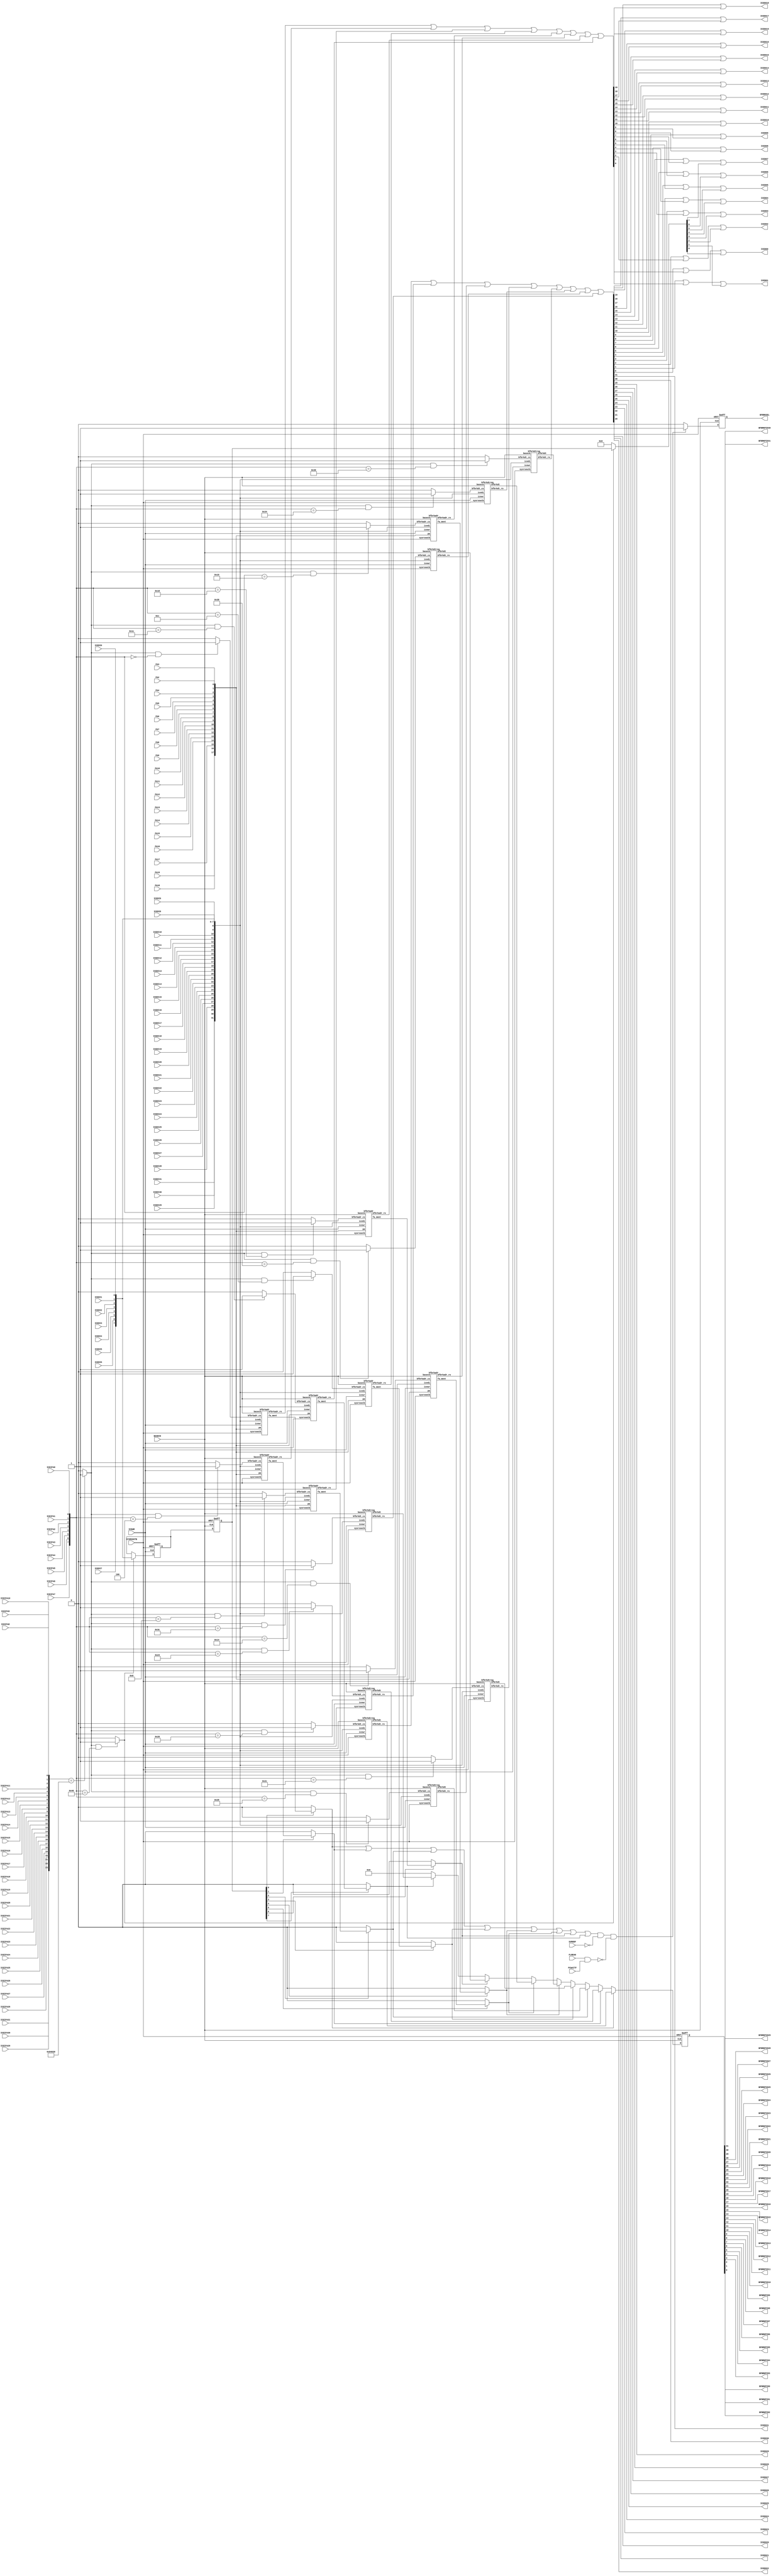
// =======================================================================================================
// Bfore Break unit
//
// ver100	initial version		Y.Tsuchiya
// ver101	Modified (V101)		T.Tsunoda
// 
// $Id: bforebreak.v,v 1.6 2007-10-03 04:09:37 tsuno3 Exp $
// =======================================================================================================
//$B@_Dj$5$l$?<B9TA0%V%l!<%/%"%I%l%9%G!<%?$H(BPA19-2$B$N0lCW$K$F!$(B
//$B3JG<$7$F$$$k<B9TA0%V%l!<%/%G!<%?$r%a%b%j!<%V%m%C%/$K=PNO$9$k!#(B

module BFOREBREAK (
		ICEIFA31, ICEIFA30, ICEIFA29, ICEIFA28, ICEIFA27, ICEIFA26, ICEIFA25,
		ICEIFA24, ICEIFA23, ICEIFA22, ICEIFA21, ICEIFA20, ICEIFA19, ICEIFA18,
		ICEIFA17, ICEIFA16, ICEIFA15, ICEIFA14, ICEIFA13, ICEIFA12, ICEIFA11,
		ICEIFA10, ICEIFA9,  ICEIFA8,  ICEIFA7,  ICEIFA6,  ICEIFA5,  ICEIFA4,
		ICEIFA3,  ICEIFA2,  ICEIFA1,  ICEIFA0,
		ICEDI31,  ICEDI30,  ICEDI29,  ICEDI28,  ICEDI27,  ICEDI26,  ICEDI25,
		ICEDI24,  ICEDI23,  ICEDI22,  ICEDI21,  ICEDI20,  ICEDI19,  ICEDI18,
		ICEDI17,  ICEDI16,  ICEDI15,  ICEDI14,  ICEDI13,  ICEDI12,  ICEDI11,
		ICEDI10,  ICEDI9,   ICEDI8,   ICEDI7,   ICEDI6,   ICEDI5,   ICEDI4,
		ICEDI3,   ICEDI2,   ICEDI1,   ICEDI0,
		ICEWR,
		ICEDO31,  ICEDO30,  ICEDO29,  ICEDO28,  ICEDO27,  ICEDO26,  ICEDO25,
		ICEDO24,  ICEDO23,  ICEDO22,  ICEDO21,  ICEDO20,  ICEDO19,  ICEDO18,
		ICEDO17,  ICEDO16,  ICEDO15,  ICEDO14,  ICEDO13,  ICEDO12,  ICEDO11,
		ICEDO10,  ICEDO9,   ICEDO8,   ICEDO7,   ICEDO6,   ICEDO5,   ICEDO4,
		ICEDO3,   ICEDO2,   ICEDO1,   ICEDO0,
		PA19, PA18, PA17, PA16, PA15, PA14, PA13,
		PA12, PA11, PA10, PA9,  PA8,  PA7,  PA6,
		PA5,  PA4,  PA3,  PA2,
		BFBRKPID31, BFBRKPID30, BFBRKPID29, BFBRKPID28, BFBRKPID27, BFBRKPID26, BFBRKPID25,
		BFBRKPID24, BFBRKPID23, BFBRKPID22, BFBRKPID21, BFBRKPID20, BFBRKPID19, BFBRKPID18,
		BFBRKPID17, BFBRKPID16, BFBRKPID15, BFBRKPID14, BFBRKPID13, BFBRKPID12, BFBRKPID11,
		BFBRKPID10, BFBRKPID9,  BFBRKPID8,  BFBRKPID7,  BFBRKPID6,  BFBRKPID5,  BFBRKPID4,
		BFBRKPID3,  BFBRKPID2,  BFBRKPID1,  BFBRKPID0,
		BFBRKSEL,
		SYSRSOUTB,
		BASECK,
		FLREAD,
		SVMODF,
		PCWAITF	// (V101)
		);
// -------------------------------------------------------------------------------------------------------
//                      Port Difinition
// -------------------------------------------------------------------------------------------------------
input	ICEIFA31, ICEIFA30, ICEIFA29, ICEIFA28,	// Host I/F Address Bus			( <- eva_pcifg )
	ICEIFA27, ICEIFA26, ICEIFA25, ICEIFA24,	//
	ICEIFA23, ICEIFA22, ICEIFA21, ICEIFA20,	//
	ICEIFA19, ICEIFA18, ICEIFA17, ICEIFA16,	//
	ICEIFA15, ICEIFA14, ICEIFA13, ICEIFA12,	//
	ICEIFA11, ICEIFA10, ICEIFA9,  ICEIFA8,	//
	ICEIFA7,  ICEIFA6,  ICEIFA5,  ICEIFA4,	//
	ICEIFA3,  ICEIFA2,  ICEIFA1,  ICEIFA0 ;	//
input	ICEDI31,  ICEDI30,  ICEDI29,  ICEDI28,	// Host I/F Write Data Bus		( <- eva_pcifg )
	ICEDI27,  ICEDI26,  ICEDI25,  ICEDI24,	//
	ICEDI23,  ICEDI22,  ICEDI21,  ICEDI20,	//
	ICEDI19,  ICEDI18,  ICEDI17,  ICEDI16,	//
	ICEDI15,  ICEDI14,  ICEDI13,  ICEDI12,	//
	ICEDI11,  ICEDI10,  ICEDI9,   ICEDI8,	//
	ICEDI7,   ICEDI6,   ICEDI5,   ICEDI4,	//
	ICEDI3,   ICEDI2,   ICEDI1,   ICEDI0 ;	//
input	ICEWR ;					// Host I/F Write Strobe		( <- eva_pcifg )
output	ICEDO31, ICEDO30, ICEDO29, ICEDO28,	// Host I/F Read Data Bus		( -> eva_pcifg )
	ICEDO27, ICEDO26, ICEDO25, ICEDO24,	//
	ICEDO23, ICEDO22, ICEDO21, ICEDO20,	//
	ICEDO19, ICEDO18, ICEDO17, ICEDO16,	//
	ICEDO15, ICEDO14, ICEDO13, ICEDO12,	//
	ICEDO11, ICEDO10, ICEDO9,  ICEDO8,	//
	ICEDO7,  ICEDO6,  ICEDO5,  ICEDO4,	//
	ICEDO3,  ICEDO2,  ICEDO1,  ICEDO0 ;	//
input	PA19, PA18, PA17, PA16,			// Flash Address Bus			( <- eva_core )
	PA15, PA14, PA13, PA12, 		//
	PA11, PA10, PA9,  PA8,  		//
	PA7,  PA6,  PA5,  PA4, 			//
	PA3,  PA2 ;				//
output	BFBRKPID31, BFBRKPID30, BFBRKPID29, BFBRKPID28,	// Bfore Break Data Bus		( -> MEMORY )
	BFBRKPID27, BFBRKPID26, BFBRKPID25, BFBRKPID24,	//
	BFBRKPID23, BFBRKPID22, BFBRKPID21, BFBRKPID20,	//
	BFBRKPID19, BFBRKPID18, BFBRKPID17, BFBRKPID16,	//
	BFBRKPID15, BFBRKPID14, BFBRKPID13, BFBRKPID12,	//
	BFBRKPID11, BFBRKPID10, BFBRKPID9,  BFBRKPID8,	//
	BFBRKPID7,  BFBRKPID6,  BFBRKPID5,  BFBRKPID4,	//
	BFBRKPID3,  BFBRKPID2,  BFBRKPID1,  BFBRKPID0 ;	//
output	BFBRKSEL ;				// Bfore Break Select singnal		( -> MEMORY  )
input	BASECK ;				// CPU Base Clock			( <- clock )
input	SYSRSOUTB ;				// System Reset Signal			( <- resetctl )
input	FLREAD ;				// Flash reading timing signal		( <- eva_core )
input	SVMODF ;				// Super Viser mode (fetch access)	( <- eva_core )
input	PCWAITF ;				// program counter wait signal		( <- eva_core ) (V101)
// -------------------------------------------------------------------------------------------------------
//                      END of Port Difinition
// -------------------------------------------------------------------------------------------------------
	reg [31:0]	bfbreakpid;
	reg [7:0]	bfbrkctl ;
	reg 		BFBRKSEL ;
	wire [31:0]	iceifa, icedi, bfbrkdt_ro,
			bfbrkdt0_ro, bfbrkdt1_ro, bfbrkdt2_ro, bfbrkdt3_ro,
			bfbrkdt4_ro, bfbrkdt5_ro, bfbrkdt6_ro, bfbrkdt7_ro,
			bfbrkdt0, bfbrkdt1, bfbrkdt2, bfbrkdt3, 
			bfbrkdt4, bfbrkdt5, bfbrkdt6, bfbrkdt7;
	wire [19:0]	bfbrkadr_ro, bfbrkadr0_ro, bfbrkadr1_ro, bfbrkadr2_ro, bfbrkadr3_ro, 
			bfbrkadr4_ro, bfbrkadr5_ro, bfbrkadr6_ro, bfbrkadr7_ro ;
	wire [17:0]	pa ;
	wire [7:0]	bfbrkctl_ro ;
	wire		bforebreak_cs,
			bfbrkctl_cs, 
			bfbrksel_on,
			bfbrkadr0_cs, bfbrkadr1_cs, bfbrkadr2_cs, bfbrkadr3_cs,
			bfbrkadr4_cs, bfbrkadr5_cs, bfbrkadr6_cs, bfbrkadr7_cs,
			bfbrkdt0_cs, bfbrkdt1_cs, bfbrkdt2_cs, bfbrkdt3_cs,
			bfbrkdt4_cs, bfbrkdt5_cs, bfbrkdt6_cs, bfbrkdt7_cs,
			fa_meet0, fa_meet1, fa_meet2, fa_meet3,
			fa_meet4, fa_meet5, fa_meet6, fa_meet7,
			bfbrksel_on0, bfbrksel_on1, bfbrksel_on2, bfbrksel_on3,
			bfbrksel_on4, bfbrksel_on5, bfbrksel_on6, bfbrksel_on7,
			FLREAD, SVMODF;

	assign iceifa = {ICEIFA31, ICEIFA30, ICEIFA29, ICEIFA28, ICEIFA27, ICEIFA26,
			 ICEIFA25, ICEIFA24, ICEIFA23, ICEIFA22, ICEIFA21, ICEIFA20,
			 ICEIFA19, ICEIFA18, ICEIFA17, ICEIFA16, ICEIFA15, ICEIFA14,
			 ICEIFA13, ICEIFA12, ICEIFA11, ICEIFA10, ICEIFA9,  ICEIFA8,
			 ICEIFA7,  ICEIFA6,  ICEIFA5,  ICEIFA4,  ICEIFA3,  ICEIFA2,
			 ICEIFA1,  ICEIFA0} ;

	assign icedi = { ICEDI31,  ICEDI30,  ICEDI29,  ICEDI28,  ICEDI27,  ICEDI26,
			 ICEDI25,  ICEDI24,  ICEDI23,  ICEDI22,  ICEDI21,  ICEDI20,
			 ICEDI19,  ICEDI18,  ICEDI17,  ICEDI16,  ICEDI15,  ICEDI14,
			 ICEDI13,  ICEDI12,  ICEDI11,  ICEDI10,  ICEDI9,   ICEDI8,
			 ICEDI7,   ICEDI6,   ICEDI5,   ICEDI4,   ICEDI3,   ICEDI2,
			 ICEDI1,   ICEDI0 } ;

	assign	ICEDO31 = bfbrkdt_ro[31] ;
	assign	ICEDO30 = bfbrkdt_ro[30] ;
	assign	ICEDO29 = bfbrkdt_ro[29] ;
	assign	ICEDO28 = bfbrkdt_ro[28] ;
	assign	ICEDO27 = bfbrkdt_ro[27] ;
	assign	ICEDO26 = bfbrkdt_ro[26] ;
	assign	ICEDO25 = bfbrkdt_ro[25] ;
	assign	ICEDO24 = bfbrkdt_ro[24] ;
	assign	ICEDO23 = bfbrkdt_ro[23] ;
	assign	ICEDO22 = bfbrkdt_ro[22] ;
	assign	ICEDO21 = bfbrkdt_ro[21] ;
	assign	ICEDO20 = bfbrkdt_ro[20] ;
	assign	ICEDO19 = bfbrkdt_ro[19] | bfbrkadr_ro[19] ;
	assign	ICEDO18 = bfbrkdt_ro[18] | bfbrkadr_ro[18] ;
	assign	ICEDO17 = bfbrkdt_ro[17] | bfbrkadr_ro[17] ;
	assign	ICEDO16 = bfbrkdt_ro[16] | bfbrkadr_ro[16] ;
	assign	ICEDO15 = bfbrkdt_ro[15] | bfbrkadr_ro[15] ;
	assign	ICEDO14 = bfbrkdt_ro[14] | bfbrkadr_ro[14] ;
	assign	ICEDO13 = bfbrkdt_ro[13] | bfbrkadr_ro[13] ;
	assign	ICEDO12 = bfbrkdt_ro[12] | bfbrkadr_ro[12] ;
	assign	ICEDO11 = bfbrkdt_ro[11] | bfbrkadr_ro[11] ;
	assign	ICEDO10 = bfbrkdt_ro[10] | bfbrkadr_ro[10] ;
	assign	ICEDO9  = bfbrkdt_ro[9]  | bfbrkadr_ro[9]  ;
	assign	ICEDO8  = bfbrkdt_ro[8]  | bfbrkadr_ro[8]  ;
	assign	ICEDO7  = bfbrkdt_ro[7]  | bfbrkadr_ro[7]  | bfbrkctl_ro[7]  ;
	assign	ICEDO6  = bfbrkdt_ro[6]  | bfbrkadr_ro[6]  | bfbrkctl_ro[6]  ;
	assign	ICEDO5  = bfbrkdt_ro[5]  | bfbrkadr_ro[5]  | bfbrkctl_ro[5]  ;
	assign	ICEDO4  = bfbrkdt_ro[4]  | bfbrkadr_ro[4]  | bfbrkctl_ro[4]  ;
	assign	ICEDO3  = bfbrkdt_ro[3]  | bfbrkadr_ro[3]  | bfbrkctl_ro[3]  ;
	assign	ICEDO2  = bfbrkdt_ro[2]  | bfbrkadr_ro[2]  | bfbrkctl_ro[2]  ;
	assign	ICEDO1  = bfbrkdt_ro[1]  | bfbrkadr_ro[1]  | bfbrkctl_ro[1]  ;
	assign	ICEDO0  = bfbrkdt_ro[0]  | bfbrkadr_ro[0]  | bfbrkctl_ro[0]  ;

	assign	bfbrkadr_ro = bfbrkadr0_ro | bfbrkadr1_ro | bfbrkadr2_ro | bfbrkadr3_ro | 
			      bfbrkadr4_ro | bfbrkadr5_ro | bfbrkadr6_ro | bfbrkadr7_ro;

	assign	bfbrkdt_ro  = bfbrkdt0_ro | bfbrkdt1_ro | bfbrkdt2_ro | bfbrkdt3_ro | 
			      bfbrkdt4_ro | bfbrkdt5_ro | bfbrkdt6_ro | bfbrkdt7_ro;

	assign pa = {	PA19, PA18, PA17, PA16, PA15, PA14, 
		 	PA13, PA12, PA11, PA10, PA9,  PA8,  
		 	PA7,  PA6,  PA5,  PA4,  PA3,  PA2	} ;

	assign	{BFBRKPID31,  BFBRKPID30,  BFBRKPID29,  BFBRKPID28,  BFBRKPID27,  BFBRKPID26,
		 BFBRKPID25,  BFBRKPID24,  BFBRKPID23,  BFBRKPID22,  BFBRKPID21,  BFBRKPID20,
		 BFBRKPID19,  BFBRKPID18,  BFBRKPID17,  BFBRKPID16,  BFBRKPID15,  BFBRKPID14,
		 BFBRKPID13,  BFBRKPID12,  BFBRKPID11,  BFBRKPID10,  BFBRKPID9,   BFBRKPID8,
		 BFBRKPID7,   BFBRKPID6,   BFBRKPID5,   BFBRKPID4,   BFBRKPID3,   BFBRKPID2,
		 BFBRKPID1,   BFBRKPID0 }  = bfbreakpid ;


// ------------------------------
// host io
// ------------------------------

	assign	bforebreak_cs	= (iceifa[31:8] == 24'h0840_30) ? 1'b1:1'b0;
	assign	bfbrkadr0_cs	= (bforebreak_cs & (iceifa[7:0] == 8'b0000_0000)) ? 1'b1 : 1'b0 ;
	assign	bfbrkadr1_cs	= (bforebreak_cs & (iceifa[7:0] == 8'b0000_0100)) ? 1'b1 : 1'b0 ;
	assign	bfbrkadr2_cs	= (bforebreak_cs & (iceifa[7:0] == 8'b0000_1000)) ? 1'b1 : 1'b0 ;
	assign	bfbrkadr3_cs	= (bforebreak_cs & (iceifa[7:0] == 8'b0000_1100)) ? 1'b1 : 1'b0 ;
	assign	bfbrkadr4_cs	= (bforebreak_cs & (iceifa[7:0] == 8'b0001_0000)) ? 1'b1 : 1'b0 ;
	assign	bfbrkadr5_cs	= (bforebreak_cs & (iceifa[7:0] == 8'b0001_0100)) ? 1'b1 : 1'b0 ;
	assign	bfbrkadr6_cs	= (bforebreak_cs & (iceifa[7:0] == 8'b0001_1000)) ? 1'b1 : 1'b0 ;
	assign	bfbrkadr7_cs	= (bforebreak_cs & (iceifa[7:0] == 8'b0001_1100)) ? 1'b1 : 1'b0 ;
	assign	bfbrkdt0_cs	= (bforebreak_cs & (iceifa[7:0] == 8'b0010_0000)) ? 1'b1 : 1'b0 ;
	assign	bfbrkdt1_cs	= (bforebreak_cs & (iceifa[7:0] == 8'b0010_0100)) ? 1'b1 : 1'b0 ;
	assign	bfbrkdt2_cs	= (bforebreak_cs & (iceifa[7:0] == 8'b0010_1000)) ? 1'b1 : 1'b0 ;
	assign	bfbrkdt3_cs	= (bforebreak_cs & (iceifa[7:0] == 8'b0010_1100)) ? 1'b1 : 1'b0 ;
	assign	bfbrkdt4_cs	= (bforebreak_cs & (iceifa[7:0] == 8'b0011_0000)) ? 1'b1 : 1'b0 ;
	assign	bfbrkdt5_cs	= (bforebreak_cs & (iceifa[7:0] == 8'b0011_0100)) ? 1'b1 : 1'b0 ;
	assign	bfbrkdt6_cs	= (bforebreak_cs & (iceifa[7:0] == 8'b0011_1000)) ? 1'b1 : 1'b0 ;
	assign	bfbrkdt7_cs	= (bforebreak_cs & (iceifa[7:0] == 8'b0011_1100)) ? 1'b1 : 1'b0 ;
	assign	bfbrkctl_cs	= (bforebreak_cs & (iceifa[7:0] == 8'b0100_0000)) ? 1'b1 : 1'b0 ;

// ---------------------------------------------------------------------------------------------------
//	Bfore Break Address Detection Control register  (BFBRKCTL)
// ---------------------------------------------------------------------------------------------------

	reg [7:0] bfbrkctl_p;
	always @( negedge ICEWR or negedge SYSRSOUTB ) begin
		if ( !SYSRSOUTB )       bfbrkctl_p <= 8'b0 ;
		else if ( bfbrkctl_cs )	bfbrkctl_p <= icedi[7:0] ;
	end
	
	// (V101) $B@)8f%l%8%9%?$N@_Dj$H%"%I%l%9!?%G!<%?@_Dj%l%8%9%?$N@_Dj%?%$%_%s%0$,%:%l$J$$$h$&(B
	//        BASECK$B$G@Z$jD>$9!#@_Dj$K$O=gHV$,$"$j!"I,$:(Bbfbrkctl-OFF$B"*3F@_Dj"*(Bbfbrkctl-ON$B$H$9(B
	//        $B$k!#$3$l$i$K$h$j!"@_Dj%"%I%l%9Ey$,JQ2=E@$G@Z$jD>$5$l$F$b(Bbfbrkctl$B$G(Bmask$B$5$l$k!#(B
	always @( posedge BASECK or negedge SYSRSOUTB ) begin
		if (!SYSRSOUTB) bfbrkctl <= 8'h0;
		else bfbrkctl <= bfbrkctl_p;
	end
	assign	bfbrkctl_ro = bfbrkctl_cs ? bfbrkctl : 8'b0;

// ---------------------------------------------------------------------------------------------------
//	MASK
// ---------------------------------------------------------------------------------------------------

	assign	bfbrksel_on0 = bfbrkctl[0] ?  fa_meet0 : 1'b0;
	assign	bfbrksel_on1 = bfbrkctl[1] ?  fa_meet1 : 1'b0;
	assign	bfbrksel_on2 = bfbrkctl[2] ?  fa_meet2 : 1'b0;
	assign	bfbrksel_on3 = bfbrkctl[3] ?  fa_meet3 : 1'b0;
	assign	bfbrksel_on4 = bfbrkctl[4] ?  fa_meet4 : 1'b0;
	assign	bfbrksel_on5 = bfbrkctl[5] ?  fa_meet5 : 1'b0;
	assign	bfbrksel_on6 = bfbrkctl[6] ?  fa_meet6 : 1'b0;
	assign	bfbrksel_on7 = bfbrkctl[7] ?  fa_meet7 : 1'b0;

// ---------------------------------------------------------------------------------------------------
//	Bfore Break Address Detection Control signal (BFBRKSEL)
// ---------------------------------------------------------------------------------------------------

	assign	bfbrksel_on = bfbrksel_on0 | bfbrksel_on1 | bfbrksel_on2 | bfbrksel_on3 | 
			      bfbrksel_on4 | bfbrksel_on5 | bfbrksel_on6 | bfbrksel_on7;

	// (V101) FLREAD$B$N(BRead Address Timing$B$N$_$r;HMQ(B.Data$B=PNO(BTiming$B$r;HMQ$9$k$H(B
	//        Flash Read$B$N<!$N(BPA$B0lCW$K$h$k(BBFBRKSEL$B?.9f=PNO$,(BMask$B$5$l$F$7$^$&0Y(B.
	wire flreadadr_en;
	assign	flreadadr_en = FLREAD & PCWAITF;

	always @( posedge BASECK or negedge SYSRSOUTB ) begin
		if ( !SYSRSOUTB )       BFBRKSEL <= 1'b0 ;
		else if ( bfbrksel_on & !SVMODF & !flreadadr_en )
					BFBRKSEL <= 1'b1 ;
		else			BFBRKSEL <= 1'b0 ;
	end

// ---------------------------------------------------------------------------------------------------
//	Bfore Break Data Bus output
//	($B<B9TA0%U!+%l!<%/%"%H!+%l%9$N@_Dj$,=EJ#$7$?>l9g!$=q49$(%G!<%?$NM%@h=g0L$O(BBFBRKDT0$B"*(B7$B$H$J$k(B)
//	($B",%"%H!+%l%9$,F1$8$G$"$l$P=q$-49$($k%G!<%?$OF1$8$J$N$GFC$KLdBj$J$7(B)
// ---------------------------------------------------------------------------------------------------
// (V101) $B%"%I%l%9$,F1$8$G$b=q$-49$($k%G!<%?$,F1$8$H$O8B$i$J$$$N$G%G!<%?=PNO>r7o$K(BUnit$B$N(BEnable$B$rDI2C(B.

	always @( posedge BASECK or negedge SYSRSOUTB ) begin
		if (!SYSRSOUTB)		bfbreakpid <= 32'b0 ;
		else if (bfbrksel_on0)	bfbreakpid <= bfbrkdt0;
		else if (bfbrksel_on1)	bfbreakpid <= bfbrkdt1;
		else if (bfbrksel_on2)	bfbreakpid <= bfbrkdt2;
		else if (bfbrksel_on3)	bfbreakpid <= bfbrkdt3;
		else if (bfbrksel_on4)	bfbreakpid <= bfbrkdt4;
		else if (bfbrksel_on5)	bfbreakpid <= bfbrkdt5;
		else if (bfbrksel_on6)	bfbreakpid <= bfbrkdt6;
		else if (bfbrksel_on7)	bfbreakpid <= bfbrkdt7;
		else			bfbreakpid <= 32'b0 ;
	end

// ---------------------------------------------------------------------------------------------------
//	bfore break address register (BFBRKADR7-0)
// ---------------------------------------------------------------------------------------------------

	bfbrkadr	bfbrkadr0 (
				.baseck(BASECK), .icewr(ICEWR), .sysrsoutb(SYSRSOUTB), .bfbrkadr_cs(bfbrkadr0_cs),
				.icedi(icedi), .pa(pa), .fa_meet(fa_meet0), .bfbrkadr_ro(bfbrkadr0_ro)
			) ;
	bfbrkadr	bfbrkadr1 (
				.baseck(BASECK), .icewr(ICEWR), .sysrsoutb(SYSRSOUTB), .bfbrkadr_cs(bfbrkadr1_cs),
				.icedi(icedi), .pa(pa), .fa_meet(fa_meet1), .bfbrkadr_ro(bfbrkadr1_ro)
			) ;
	bfbrkadr	bfbrkadr2 (
				.baseck(BASECK), .icewr(ICEWR), .sysrsoutb(SYSRSOUTB), .bfbrkadr_cs(bfbrkadr2_cs),
				.icedi(icedi), .pa(pa), .fa_meet(fa_meet2), .bfbrkadr_ro(bfbrkadr2_ro)
			) ;
	bfbrkadr	bfbrkadr3 (
				.baseck(BASECK), .icewr(ICEWR), .sysrsoutb(SYSRSOUTB), .bfbrkadr_cs(bfbrkadr3_cs),
				.icedi(icedi), .pa(pa), .fa_meet(fa_meet3), .bfbrkadr_ro(bfbrkadr3_ro)
			) ;
	bfbrkadr	bfbrkadr4 (
				.baseck(BASECK), .icewr(ICEWR), .sysrsoutb(SYSRSOUTB), .bfbrkadr_cs(bfbrkadr4_cs),
				.icedi(icedi), .pa(pa), .fa_meet(fa_meet4), .bfbrkadr_ro(bfbrkadr4_ro)
			) ;
	bfbrkadr	bfbrkadr5 (
				.baseck(BASECK), .icewr(ICEWR), .sysrsoutb(SYSRSOUTB), .bfbrkadr_cs(bfbrkadr5_cs),
				.icedi(icedi), .pa(pa), .fa_meet(fa_meet5), .bfbrkadr_ro(bfbrkadr5_ro)
			) ;
	bfbrkadr	bfbrkadr6 (
				.baseck(BASECK), .icewr(ICEWR), .sysrsoutb(SYSRSOUTB), .bfbrkadr_cs(bfbrkadr6_cs),
				.icedi(icedi), .pa(pa), .fa_meet(fa_meet6), .bfbrkadr_ro(bfbrkadr6_ro)
			) ;
	bfbrkadr	bfbrkadr7 (
				.baseck(BASECK), .icewr(ICEWR), .sysrsoutb(SYSRSOUTB), .bfbrkadr_cs(bfbrkadr7_cs),
				.icedi(icedi), .pa(pa), .fa_meet(fa_meet7), .bfbrkadr_ro(bfbrkadr7_ro)
			) ;

// ---------------------------------------------------------------------------------------------------
//	bfore break data register (BFBRKDT7-0)
// ---------------------------------------------------------------------------------------------------

	bfbrkdtreg		bfbrkdtreg0 (
				.baseck(BASECK), .icewr(ICEWR), .sysrsoutb(SYSRSOUTB), .bfbrkdt_cs(bfbrkdt0_cs),
				.icedi(icedi), .bfbrkdt_ro(bfbrkdt0_ro), .bfbrkdt(bfbrkdt0)
			) ;
	bfbrkdtreg		bfbrkdtreg1 (
				.baseck(BASECK), .icewr(ICEWR), .sysrsoutb(SYSRSOUTB), .bfbrkdt_cs(bfbrkdt1_cs),
				.icedi(icedi), .bfbrkdt_ro(bfbrkdt1_ro), .bfbrkdt(bfbrkdt1)
			) ;
	bfbrkdtreg		bfbrkdtreg2 (
				.baseck(BASECK), .icewr(ICEWR), .sysrsoutb(SYSRSOUTB), .bfbrkdt_cs(bfbrkdt2_cs),
				.icedi(icedi), .bfbrkdt_ro(bfbrkdt2_ro), .bfbrkdt(bfbrkdt2)
			) ;
	bfbrkdtreg		bfbrkdtreg3 (
				.baseck(BASECK), .icewr(ICEWR), .sysrsoutb(SYSRSOUTB), .bfbrkdt_cs(bfbrkdt3_cs),
				.icedi(icedi), .bfbrkdt_ro(bfbrkdt3_ro), .bfbrkdt(bfbrkdt3)
			) ;
	bfbrkdtreg		bfbrkdtreg4 (
				.baseck(BASECK), .icewr(ICEWR), .sysrsoutb(SYSRSOUTB), .bfbrkdt_cs(bfbrkdt4_cs),
				.icedi(icedi), .bfbrkdt_ro(bfbrkdt4_ro), .bfbrkdt(bfbrkdt4)
			) ;
	bfbrkdtreg		bfbrkdtreg5 (
				.baseck(BASECK), .icewr(ICEWR), .sysrsoutb(SYSRSOUTB), .bfbrkdt_cs(bfbrkdt5_cs),
				.icedi(icedi), .bfbrkdt_ro(bfbrkdt5_ro), .bfbrkdt(bfbrkdt5)
			) ;
	bfbrkdtreg		bfbrkdtreg6 (
				.baseck(BASECK), .icewr(ICEWR), .sysrsoutb(SYSRSOUTB), .bfbrkdt_cs(bfbrkdt6_cs),
				.icedi(icedi), .bfbrkdt_ro(bfbrkdt6_ro), .bfbrkdt(bfbrkdt6)
			) ;
	bfbrkdtreg		bfbrkdtreg7 (
				.baseck(BASECK), .icewr(ICEWR), .sysrsoutb(SYSRSOUTB), .bfbrkdt_cs(bfbrkdt7_cs),
				.icedi(icedi), .bfbrkdt_ro(bfbrkdt7_ro), .bfbrkdt(bfbrkdt7)
			) ;

endmodule

module	bfbrkadr (
		baseck, icewr, sysrsoutb, bfbrkadr_cs,
		icedi, pa, fa_meet, bfbrkadr_ro
	) ;

	input		baseck, icewr, sysrsoutb, bfbrkadr_cs;
	input [31:0]	icedi;
	input [17:0]	pa;
	output		fa_meet;
	output [19:0]	bfbrkadr_ro;

	reg [19:0]	bfbrkadr_p, bfbrkadr;

	always @( negedge icewr or negedge sysrsoutb ) begin
		if (!sysrsoutb)		bfbrkadr_p <= 20'hffffc;
		else if (bfbrkadr_cs)	bfbrkadr_p <= {icedi[19:2], 2'b0 };
	end

	always @( posedge baseck or negedge sysrsoutb ) begin
		if (!sysrsoutb)		bfbrkadr <= 20'hffffc;
		else 			bfbrkadr <= bfbrkadr_p;
	end

	assign	bfbrkadr_ro = bfbrkadr_cs ? bfbrkadr : 20'b0;

	assign	fa_meet = ( bfbrkadr[19:2] == pa ) ? 1'b1:1'b0;

endmodule

module	bfbrkdtreg ( baseck, icewr, sysrsoutb, bfbrkdt_cs, icedi, bfbrkdt_ro, bfbrkdt ) ;

	input		baseck, icewr, sysrsoutb, bfbrkdt_cs;
	input [31:0]	icedi;
	output [31:0]	bfbrkdt_ro, bfbrkdt;

	reg [31:0]	bfbrkdt_p, bfbrkdt;

	always @( negedge icewr or negedge sysrsoutb ) begin
		if (!sysrsoutb)		bfbrkdt_p <= 32'b0;
		else if (bfbrkdt_cs)	bfbrkdt_p <= icedi;
	end

	always @( posedge baseck or negedge sysrsoutb ) begin
		if (!sysrsoutb)		bfbrkdt <= 32'b0;
		else 			bfbrkdt <= bfbrkdt_p;
	end

	assign	bfbrkdt_ro = bfbrkdt_cs ? bfbrkdt : 32'b0;

endmodule